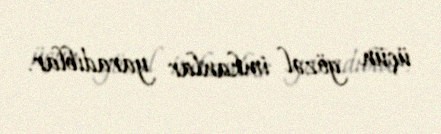
üçün gözəl imkanlar yaradıblar.